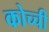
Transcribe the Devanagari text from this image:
कोच्‍ची